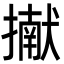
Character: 擜